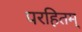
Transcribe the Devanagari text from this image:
परहितम्